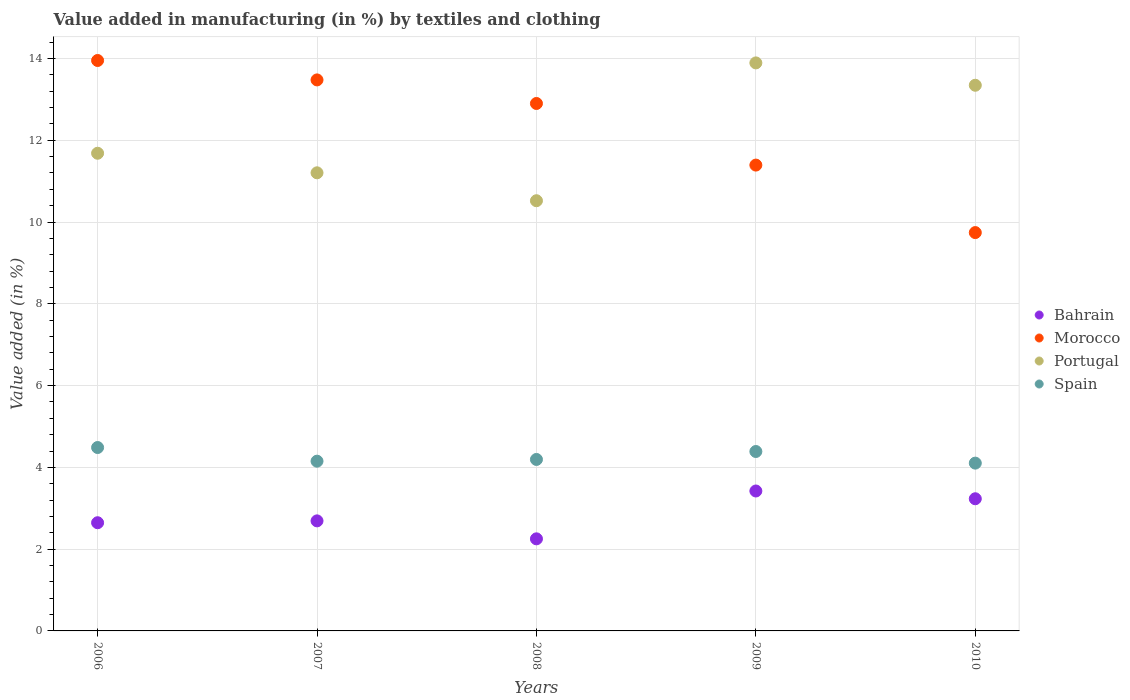
| Years | Bahrain | Morocco | Portugal | Spain |
 | --- | --- | --- | --- | --- |
 | 2006 | 2.65 | 14 | 11.7 | 4.49 |
 | 2007 | 2.69 | 13.5 | 11.2 | 4.15 |
 | 2008 | 2.25 | 12.9 | 10.5 | 4.19 |
 | 2009 | 3.42 | 11.4 | 13.9 | 4.39 |
 | 2010 | 3.23 | 9.74 | 13.3 | 4.1 |